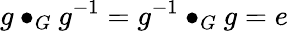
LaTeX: g\bullet_{G}g^{-1}=g^{-1}\bullet_{G}g=e